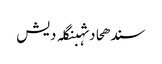
سندھحادثہبنگلہ دیش